Annual administration report of the Civil Veterinary Department, Ajmere-Merwara, British Rajputana - 1914-1940
Year: 1914
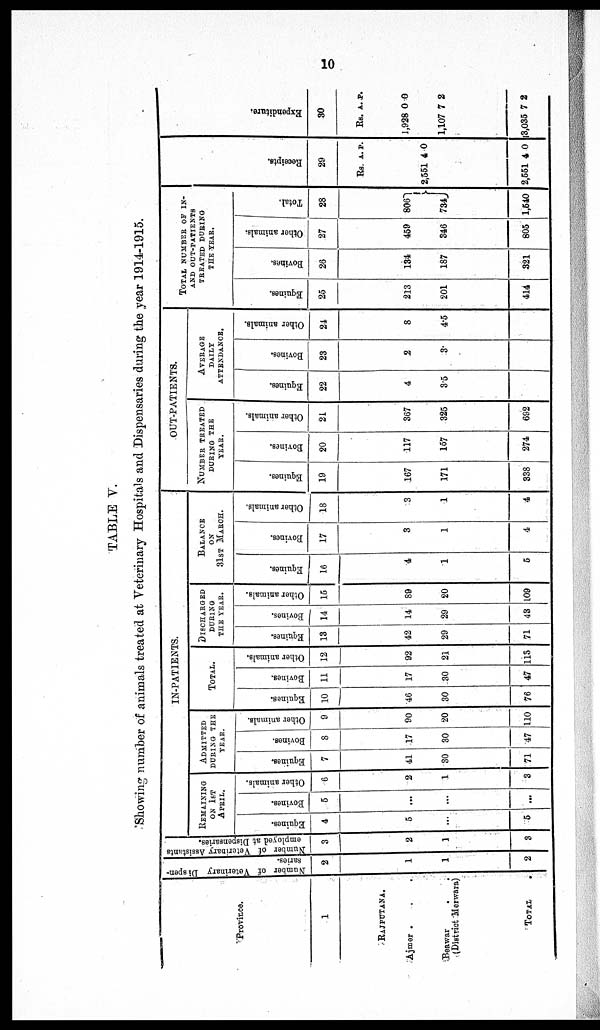
10
TABLE V.
Showing number of animals treated at Veterinary Hospitals and Dispensaries during the year 1914-1915.
Province.
1
RAJPUTANA.
Ajmer . . .
Beawar . .
(District Merwara)
TOTAL.
Number of Veterinary Dispen-
saries.
2
1
1
2
Number of Veterinary Assistants
employed at Dispensaries.
3
2
1
3
IN-PATIENT.
REMAINING
ON 1ST
APRIL
Equines.
4
5
...
5
Bovines.
5
...
...
...
Other animals.
6
2
1
3
ADMITTED
DURING THE
YEAR.
Equines.
7
41
30
71
Bovines.
8
17
30
47
Other animals.
9
90
20
110
TOTAL
Equines.
10
46
30
76
Bovines.
11
17
30
47
Other animals.
12
92
21
113
DISCHARGED
DURING
THE YEAR.
Equines.
13
42
29
71
Bovines.
14
14
29
43
Other animals.
15
89
20
109
BALANCE
ON
31ST
MARCH
Equines.
16
4
1
5
Bovines.
17
3
1
4
Other animals.
18
3
1
4
OUT-PATIENT.
NUMBER TREATED
DURING THE
YEAR.
Equines.
19
167
171
338
Bovines.
20
117
157
274
Other animals.
21
367
325
692
AVERAGE
DAILY
ATTENDANCE.
Equines.
22
4
3.5
Bovines.
23
2
3
Other animals.
24
8
4.5
TOTAL NUMBER OF IN-
AND OUT-PATIENTS
TREATED DURING
THE YEAR.
Equines.
25
213
201
414
Bovines.
26
134
187
321
Other animals.
27
459
346
805
Total.
28
8061
734
1,540
Recei pt s.
29
Rs. A. P.
2,551
2,551
4
4
0
0
Expendi t
ur e.
30
Rs. A. P.
1,928
1,107
3,035
0
7
7
0
2
2